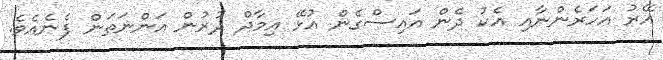
އޭރު އަހަރެންނާއި އެކު ދެން އައިސްގެން އުޅޭ އިމާދް ދުރުން އަންނަތަން ފެނެއެވެ.